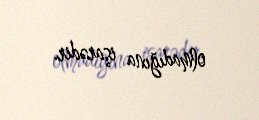
olmadığına işarədir.